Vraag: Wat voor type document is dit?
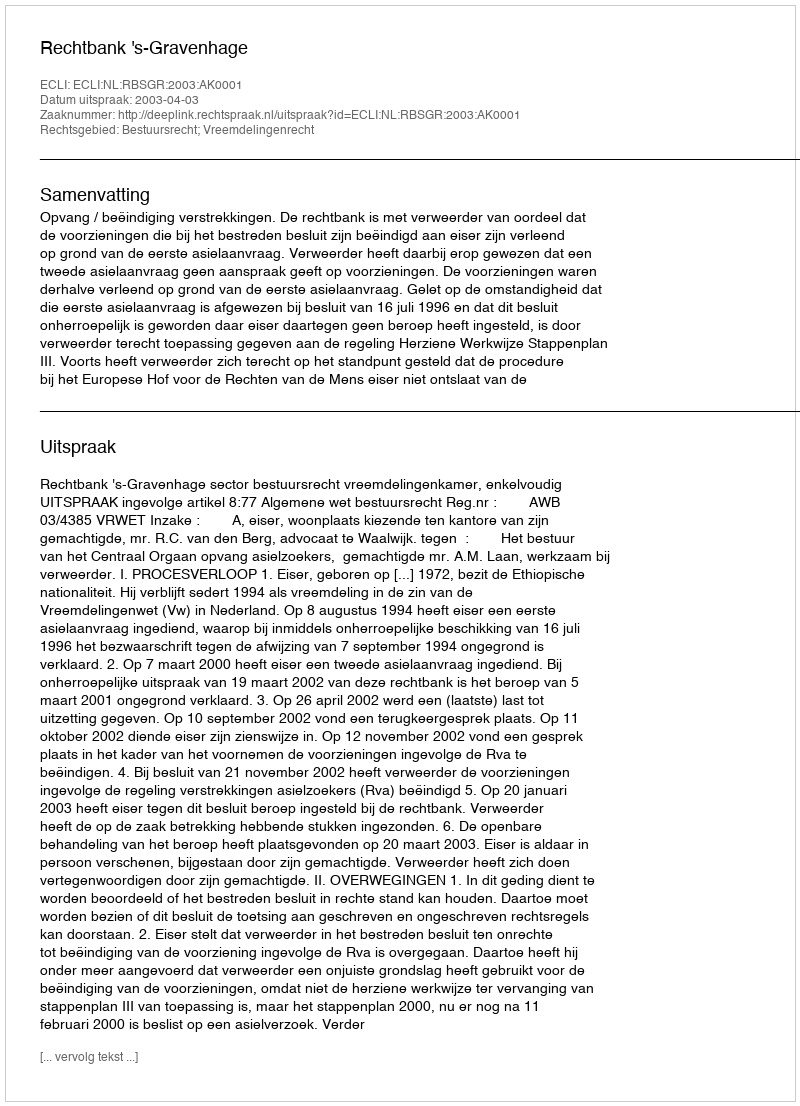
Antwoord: Uitspraak